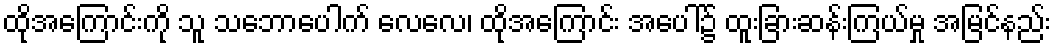
ထိုအကြောင်းကို သူ သဘောပေါက် လေလေ၊ ထိုအကြောင်း အပေါ်၌ ထူးခြားဆန်းကြယ်မှု အမြင်နည်း